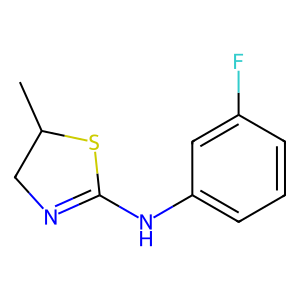
SMILES: CC1CN=C(Nc2cccc(F)c2)S1
Inhibits HIV replication: No